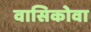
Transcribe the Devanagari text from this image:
वासिकोवा